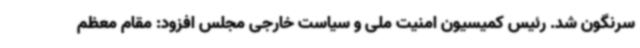
سرنگون شد. رئیس کمیسیون امنیت ملی و سیاست خارجی مجلس افزود: مقام معظم